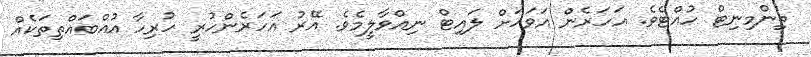
ތިންމިނިޓް ހުއްޓެވެ. އަހަރެން އަވަހަށް ލައިޓް ނިއްވާލީމެވެ. އޭރު އަހަރެންހުރީ ހުރިހާ އުއްބައްތިތަކެއް